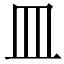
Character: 皿